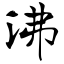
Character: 沸